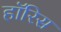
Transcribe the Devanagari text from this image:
हॉरिस